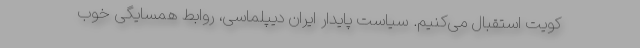
کویت استقبال می‌کنیم. سیاست پایدار ایران دیپلماسی، روابط همسایگی خوب